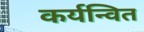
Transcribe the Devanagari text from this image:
कर्यन्वित